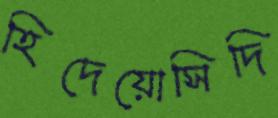
হিদেয়োসিদি